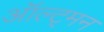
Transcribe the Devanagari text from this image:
ऑल्ट्मन